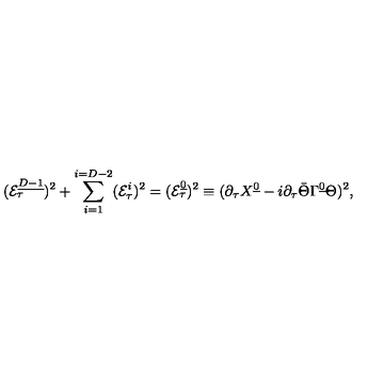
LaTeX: ( { \cal E } _ { \tau } ^ { \underline { { D - 1 } } } ) ^ { 2 } + \sum _ { i = 1 } ^ { i = D - 2 } ( { \cal E } _ { \tau } ^ { i } ) ^ { 2 } = ( { \cal E } _ { \tau } ^ { \underline { 0 } } ) ^ { 2 } \equiv ( \partial _ { \tau } X ^ { \underline { 0 } } - i \partial _ { \tau } \bar { \Theta } \Gamma ^ { \underline { 0 } } \Theta ) ^ { 2 } ,